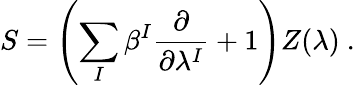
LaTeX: S=\left(\sum_{I}\beta^{I}\frac{\partial}{\partial\lambda^{I}}+1\right)Z(\lambda)\ .